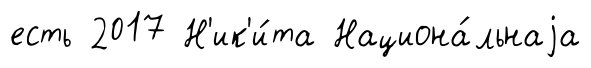
есть 2017 Н'ик'и́та Национа́льнаjа